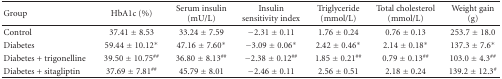
<table><thead><tr><td><b>Group</b></td><td><b>HbA1c (%)</b></td><td><b>Serum insulin (mU/L)</b></td><td><b>Insulin sensitivity index</b></td><td><b>Triglyceride (mmol/L)</b></td><td><b>Total cholesterol (mmol/L)</b></td><td><b>Weight gain (g)</b></td></tr></thead><tbody><tr><td>Control</td><td>37.41 ± 8.53</td><td>33.24 ± 7.59</td><td>−2.31 ± 0.11</td><td>1.76 ± 0.24</td><td>0.76 ± 0.13</td><td>253.7 ± 18.0</td></tr><tr><td>Diabetes</td><td>59.44 ± 10.12*</td><td>47.16 ± 7.60*</td><td>−3.09 ± 0.06*</td><td>2.42 ± 0.46*</td><td>2.14 ± 0.18*</td><td>137.3 ± 7.6*</td></tr><tr><td>Diabetes + trigonelline</td><td>39.50 ± 10.75<sup>##</sup></td><td>36.80 ± 8.13<sup>##</sup></td><td>−2.38 ± 0.12<sup>##</sup></td><td>1.85 ± 0.21<sup>##</sup></td><td>0.79 ± 0.13<sup>##</sup></td><td>103.0 ± 4.3<sup>##</sup></td></tr><tr><td>Diabetes + sitagliptin</td><td>37.69 ± 7.81<sup>##</sup></td><td>45.79 ± 8.01</td><td>−2.46 ± 0.11</td><td>2.56 ± 0.51</td><td>2.18 ± 0.24</td><td>139.2 ± 12.3<sup>#</sup></td></tr></tbody></table>